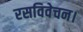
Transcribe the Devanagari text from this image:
रसविवेचन।